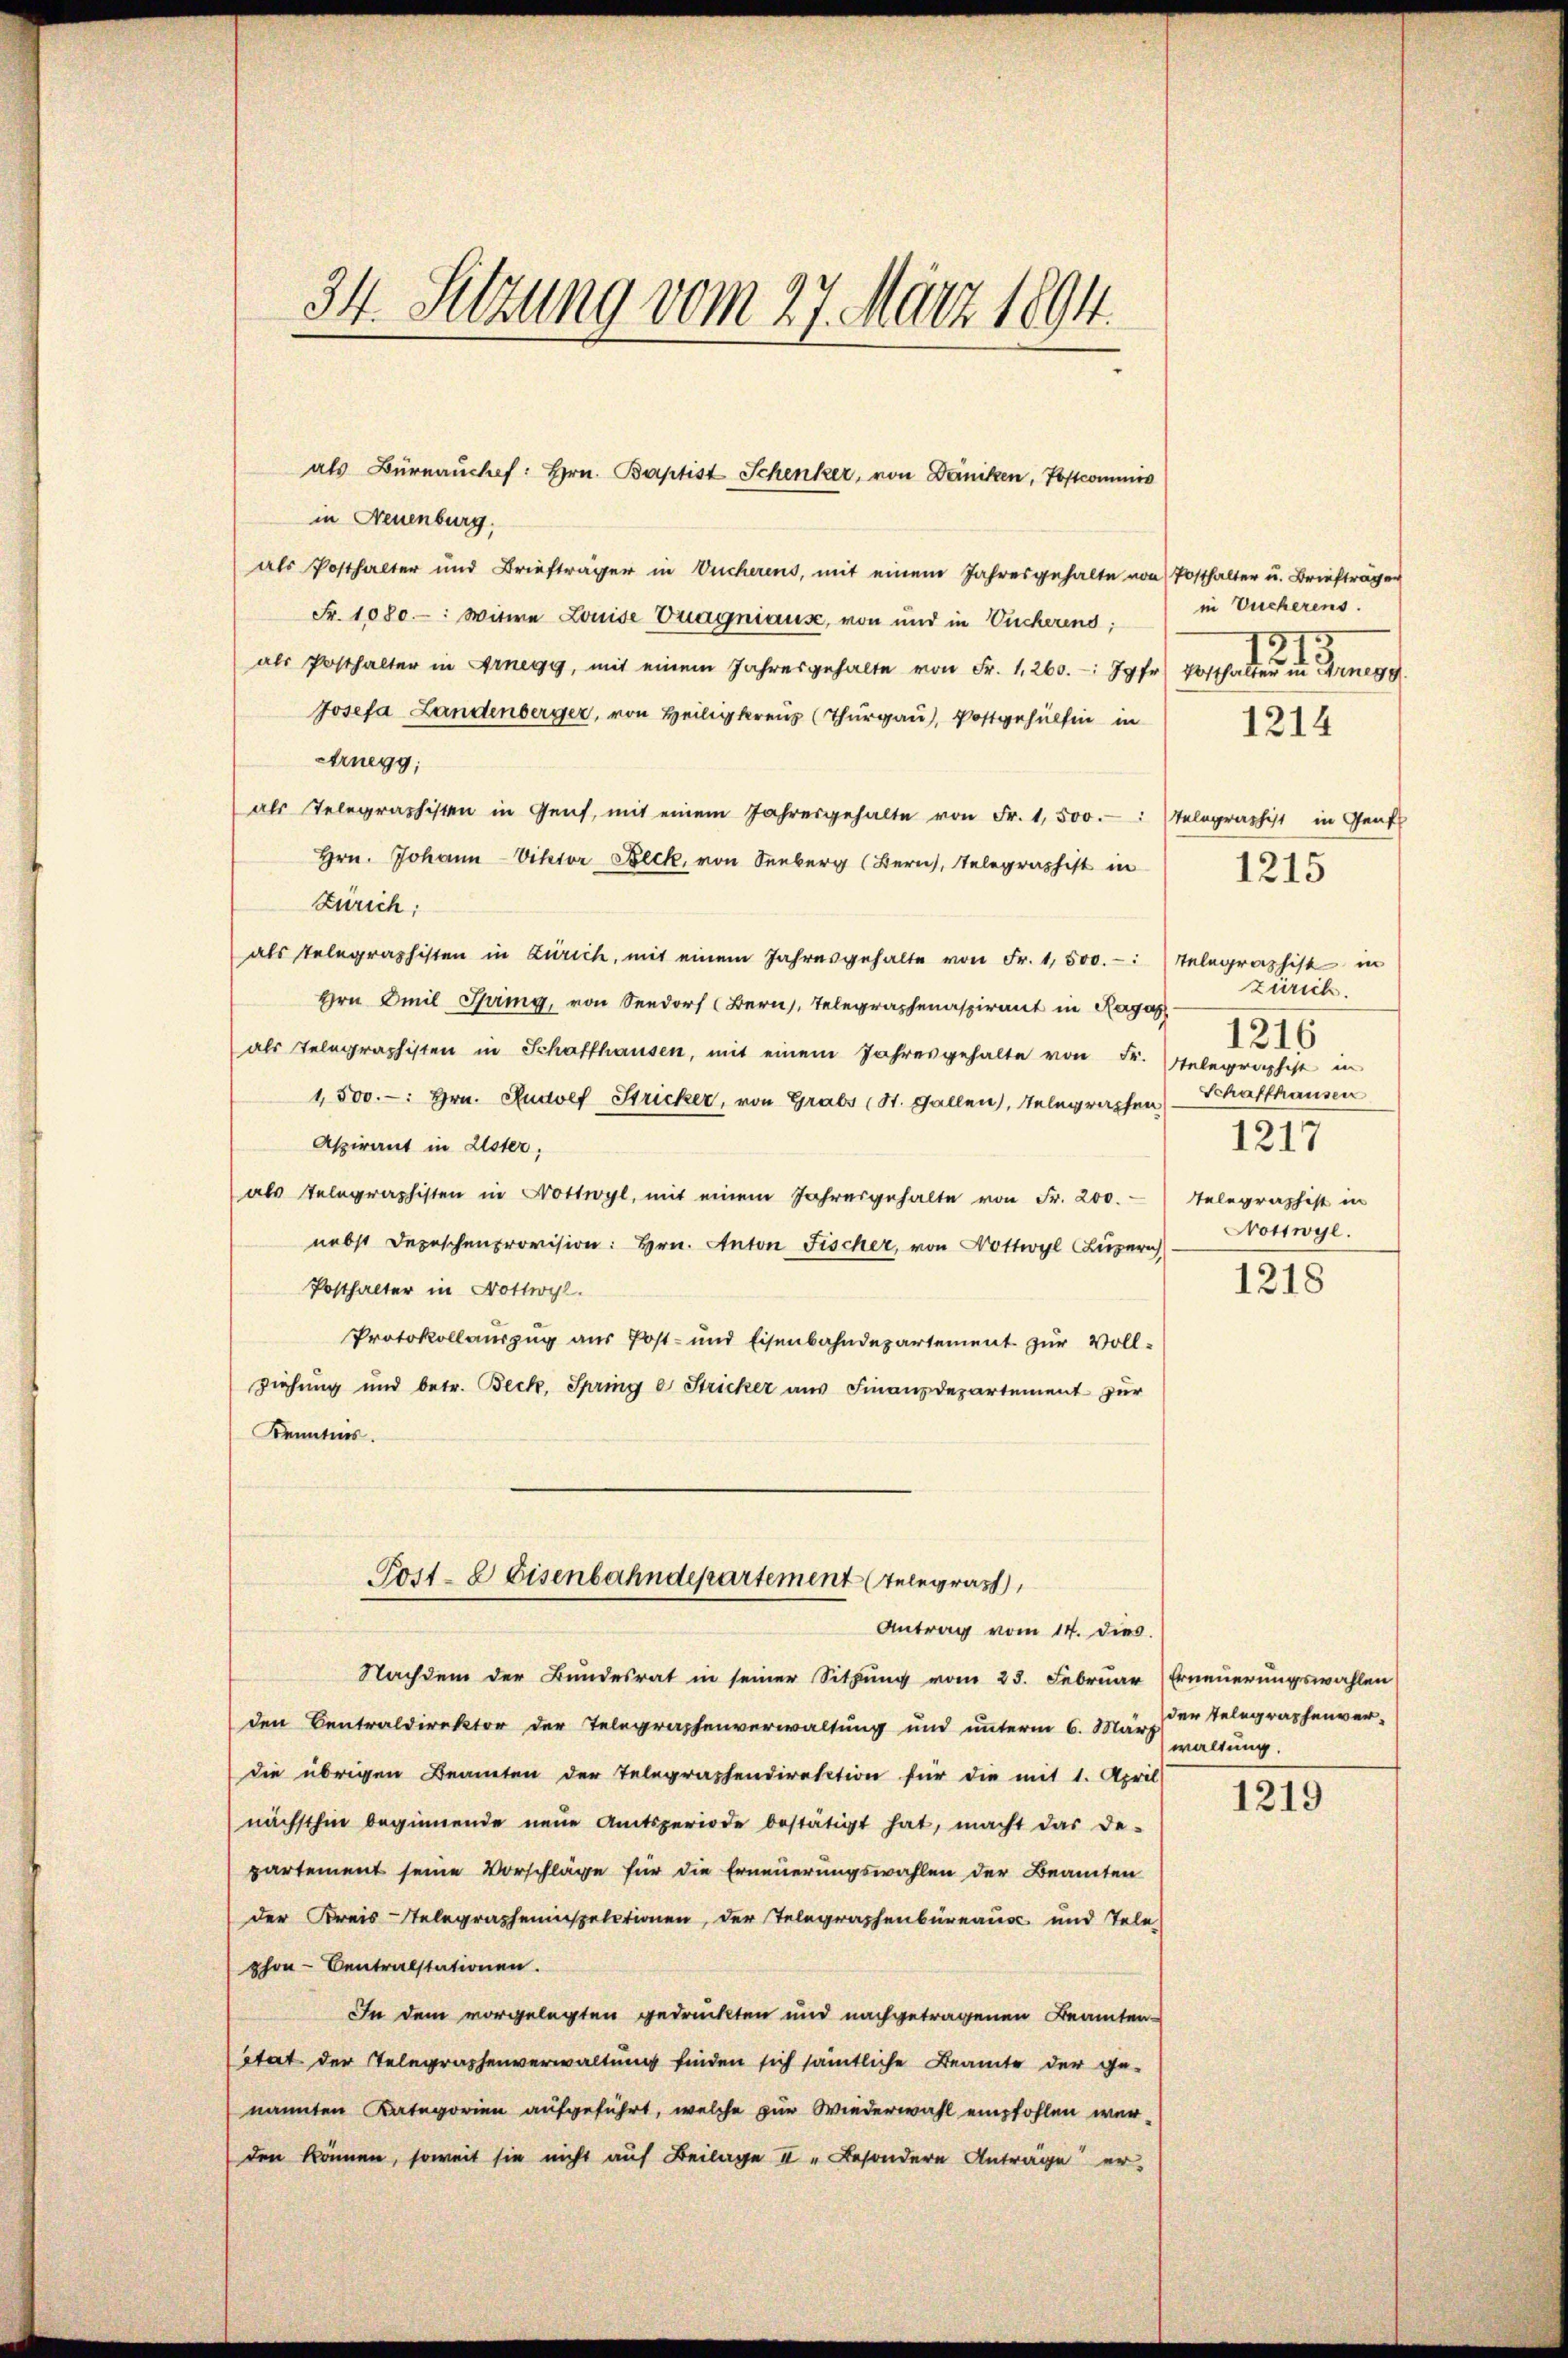
34. Setzung vom 27. März 1894.

in Neuenburg.
als Posthalter und Briefträger in Wucherens, mit einem Jahresgehalte von Posthalter u. Briefträger
Fr. 1080: Witwe Louise Tragniause, von und in Eucherend:
als Posthalter in Arnegg, mit einem Jahresgehalte von Fr. 1, 260. Jahr Posthalter in Aner
Josefa Landenberger, von Heiligkreuz (Thurgau, Postgehülfen in
Arnegg,
als Telegraphisten in Genf, mit einem Jahresgehalte von Fr. 1,500. Telegraphist in Genf
Hrn. Johann-Viktor Beck, von Seeberg (Bern, Telegraphist in
Zürich:
als Telegraphisten in Zürich, mit einem Jahresgehalte von Fr. 1,500. Telegraphist in
Hrn mit Spring, von Seedorf (Bern, Telegraphenaspirant in Ragas
als Telegraphisten in Schaffhausen, mit einem Jahresgehalte von Fr. telegraphist in
1500.-. Hrn. Rudolf Stricker, von Grabs (St. Gallen, Telegraphen Schaffhausen
Aspirant in Uster,
als Telegraphisten in Nottwyl, mit einem Jahresgehalte von Fr. 200. Telegraphist in
nebst Depeschenprovision: hrn. Anton Fischer, von Nottwyl, Luzern
Posthalter in Nottwyl
Protokollauszug aus Post- und Eisenbahndepartement zŭr Vollziehung und betr. Beck, Springe Stricker aus Finanzdepartement zur
Kenntnis.
Post- & Eisenbahndepartement Telegras
Antrag vom 14. dies
Nachdem der Bundesrat in seiner Sitzung vom 23. Februar) Erneuerungswahlen
den Centraldirektor der Telegraphenverwaltung und unterm 6. März waltung.
die übrigen Beamten der Telegraphendirektion für die mit 1. April
nächsthin beginnende neŭe Amtsperiode bestätigt hat, macht das de-
partement seine Vorschläge für die Erneuerungswahlen der Beamten
der Kreis-Telegrapheninspectionen, der Telegraphenbüreaus und Tele
phon-Centralstationen.
In dem vorgelegten gedrückten und nachgetragenen Beamten-
état der Telegraphenverwaltung finden sich sämtliche Beamte der ge-
nannten Kategorien aufgeführt, welche zur Wiederwahl empfohlen werden können, soweit sie nicht auf Beilage II. Besondere Anträge er-

als Bürnauchf: Hrn. Baptist Schenker, von Däniken, Postcommis

in Tucherens.
2)
1214

zürich.
1216
1217
Nrottwyl.

1215

1218

der Telegraphenver¬

1219